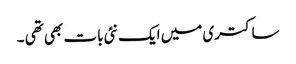
ساکتری میں ایک نئی بات بھی تھی ۔